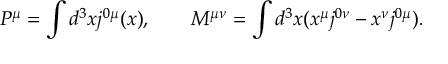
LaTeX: P ^ { \mu } = \int d ^ { 3 } x j ^ { 0 \mu } ( x ) , \quad \quad M ^ { \mu \nu } = \int d ^ { 3 } x ( x ^ { \mu } j ^ { 0 \nu } - x ^ { \nu } j ^ { 0 \mu } ) .